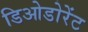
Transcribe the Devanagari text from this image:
डिओडोरेंट